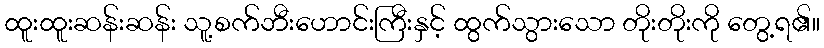
ထူးထူးဆန်းဆန်း သူ့စက်ဘီးဟောင်းကြီးနှင့် ထွက်သွားသော တိုးတိုးကို တွေ့ရ၏။